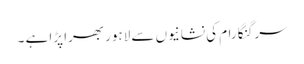
سرگنگا رام کی نشانیوں سے لاہور بھرا پڑا ہے ۔